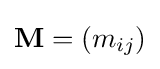
\mathbf {M} =(m_{ij})